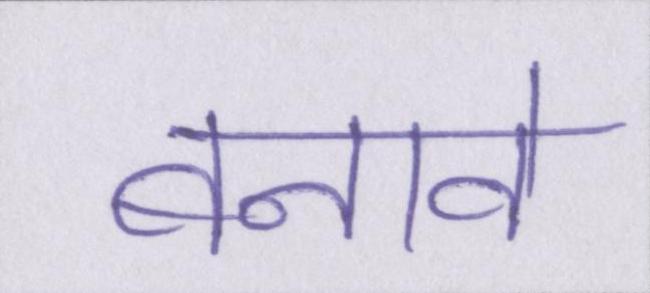
बनावे